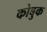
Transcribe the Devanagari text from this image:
कोबुक